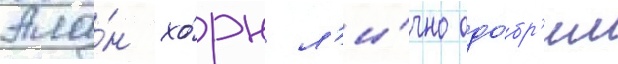
Ала́н хо́рн л'и́чно одо́бр'ил